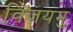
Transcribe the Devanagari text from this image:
विजयमु